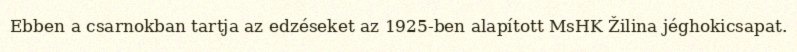
Ebben a csarnokban tartja az edzéseket az 1925-ben alapított MsHK Žilina jéghokicsapat.